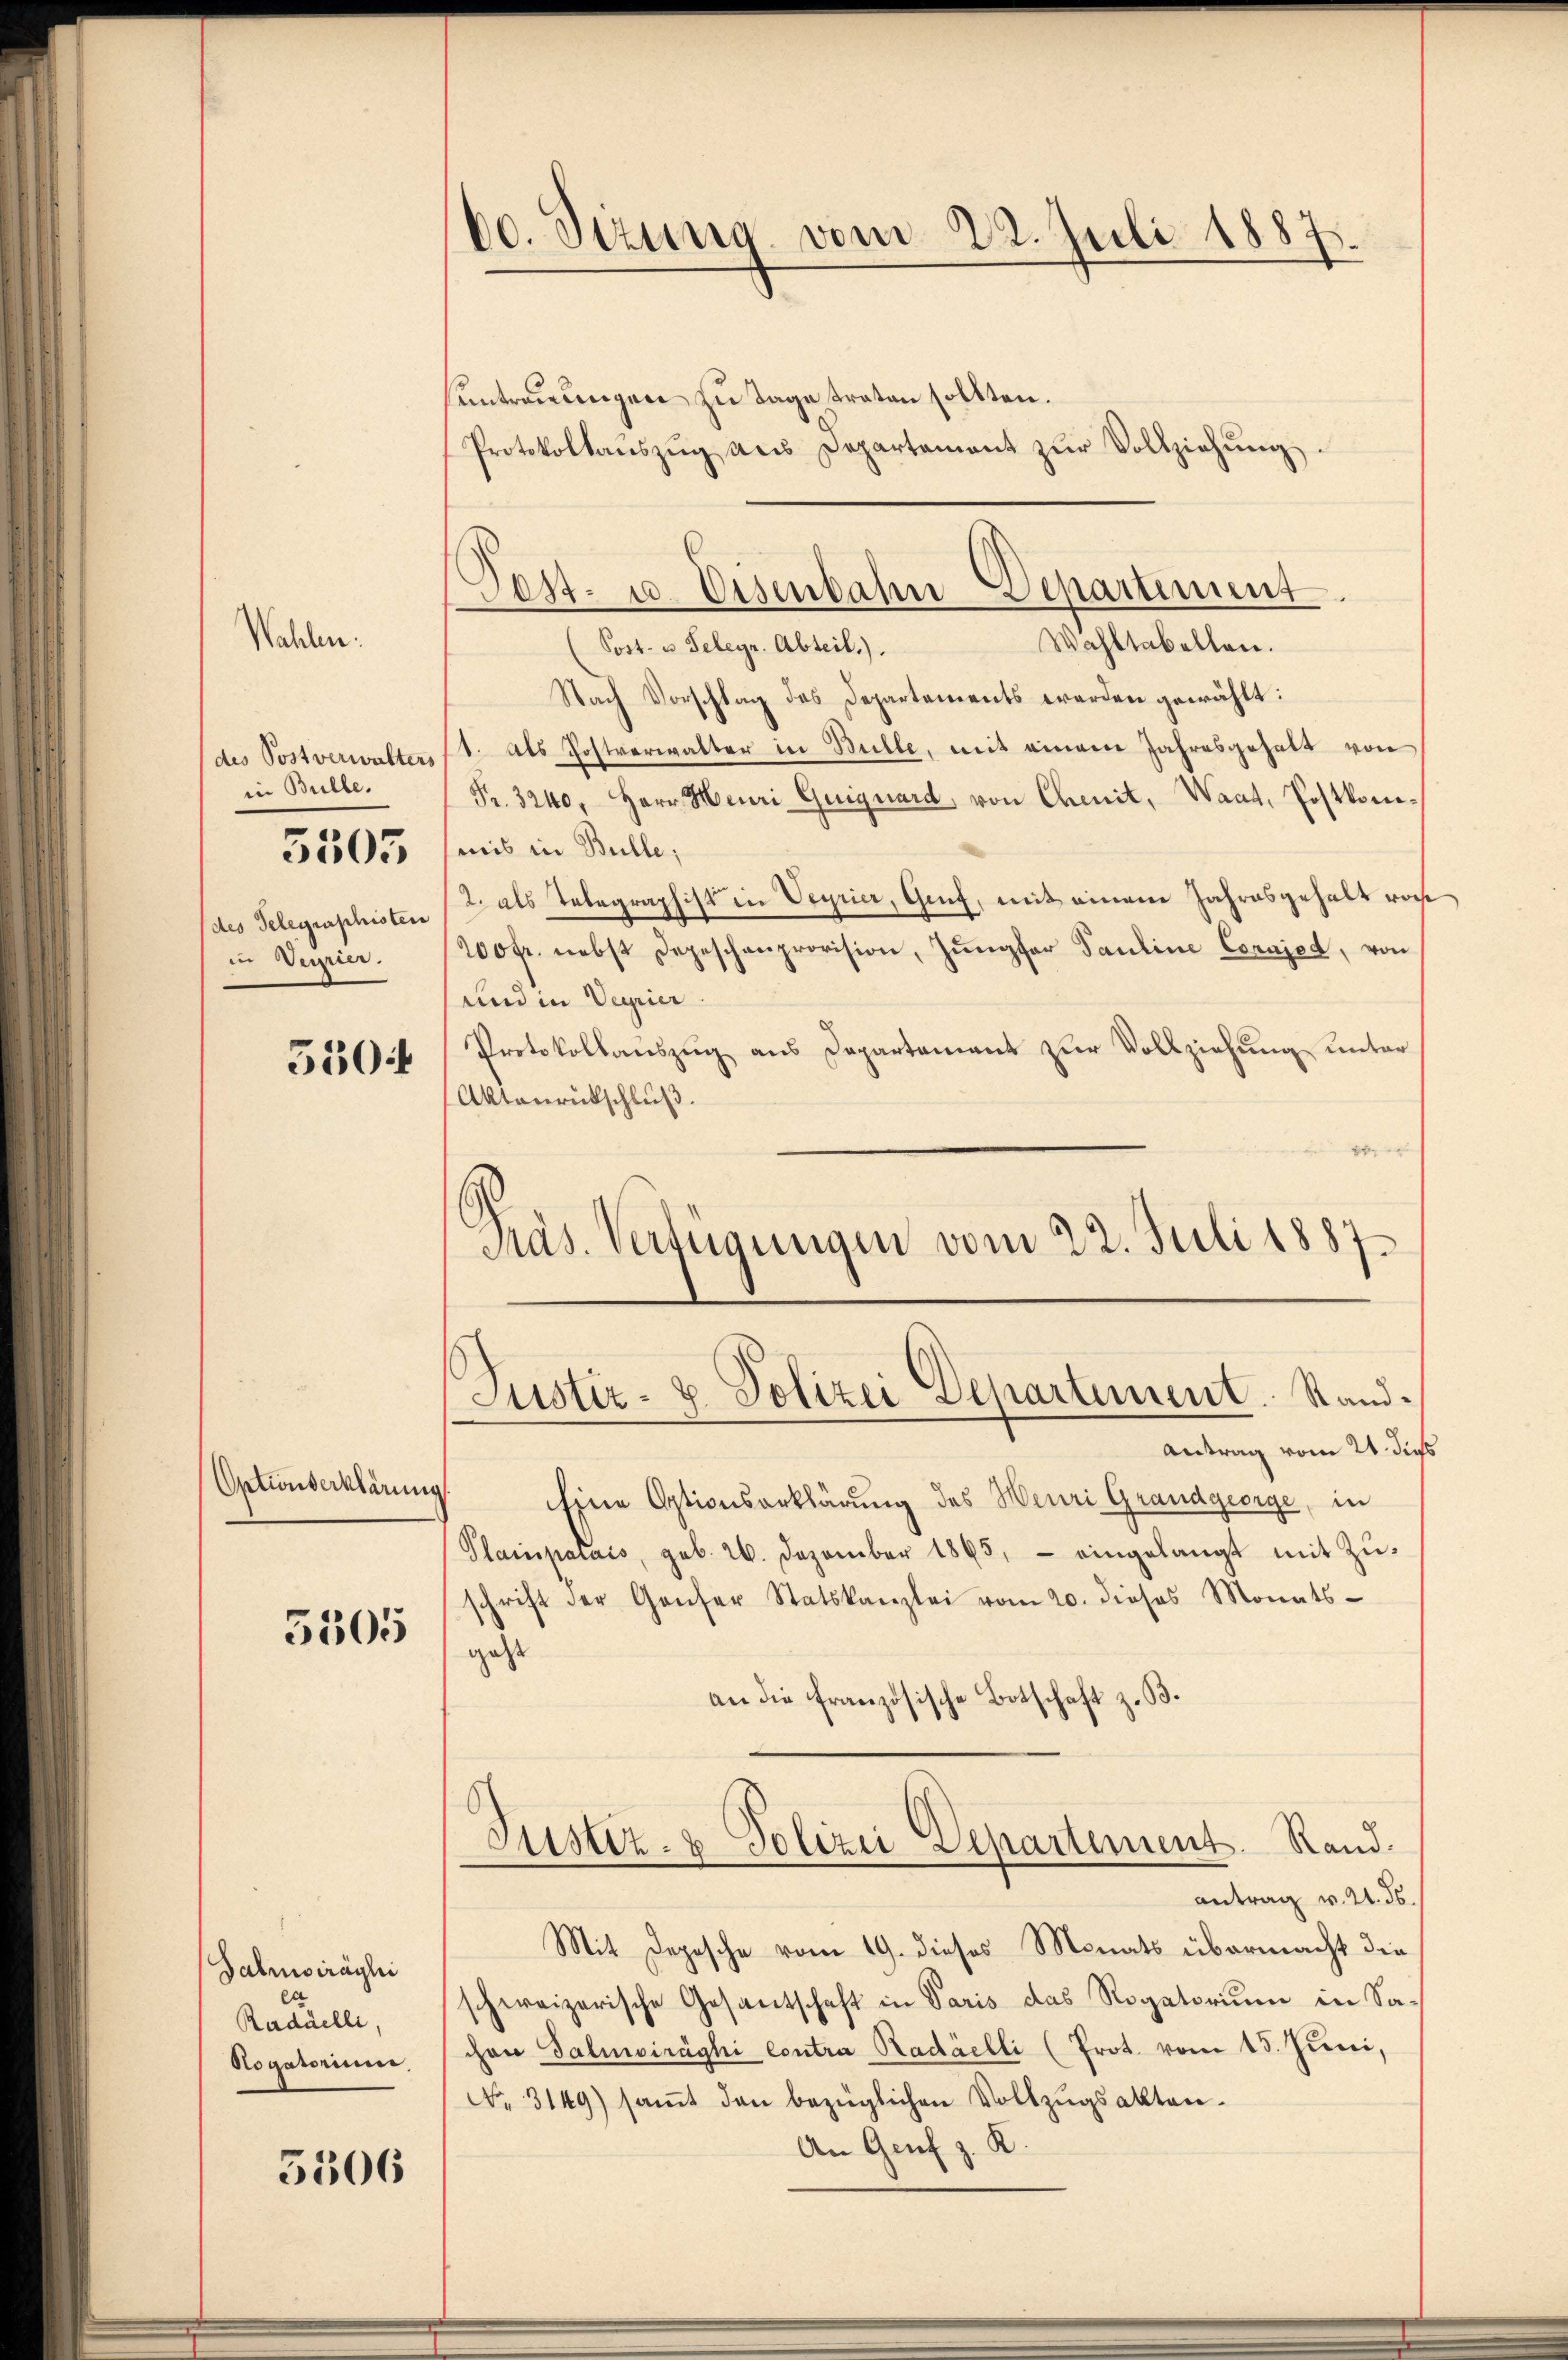
Wahlen.

des Postverwalters
in Bulle.
des Telegenshisten
in Neurier.
5504

5505

Optionserklärung

5305

Galmisiragli
Radáelli,
Aogatorium

5506

60. Sizung vom 22. Juli 1887.

Antrauungen zu Tage traten sollten.
Protokollaŭszŭg ans Departement zŭr Vollziehŭng.
Wahltabellen.
(Post- u Selegr. Abteil.).
Nach Vorschlag des Departements werden gewählt:
1. Als Postverwalter in Bulle, mit einem Jahresgehalt von
Fr. 3240, Herr Heuri Guiguard von Chenit, Waat, Postkomsmis in Bulle;
2. als Telegraphist in Veyrier, Genf, mit einem Jahresgehalt von
200 fr. nebst Depeschenprovision, Jungfer Pauline Corajed, von
und in Verrier
Protokollauszug aus Departement zur Vollziehung unter
Aktenrückschluß.
Präs. Verfügungen vom 22. Juli 1887.

Post- u. Eisenbahn Departement

Justiz- & Polizei Departement. Stand¬
Antrag vom 21. dies

Eine Optionserklärung des Meuri Grandgeorge, in
Plainparais, geb. 26. Dezember 1865, - eingelangt mit Zŭ-
schrift der Genfer Statskanzlei vom 20. dieses Monats-
geht
an die französische Botschaft z. B.
Justiz- & Polizei Departement. Rand.
antrag v. 21. ds.
Mit Depesche vom 19. dieses Monats übermacht die
schweizerische Gesantschaft in Paris das Rogatorium in Sachen Salinoiräghi contra Radáelli (Prot. vom 15. Juni,
No. 3149) saṁt den bezüglichen Vollzugsakten.
An Genf z. K.